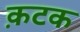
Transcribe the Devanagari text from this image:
क़टक